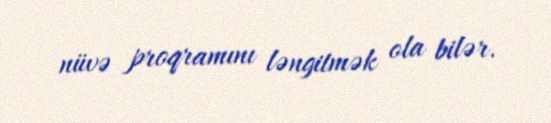
nüvə proqramını ləngitmək ola bilər.